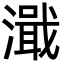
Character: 濈